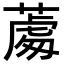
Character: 𦸵